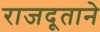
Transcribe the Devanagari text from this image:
राजदूताने